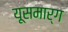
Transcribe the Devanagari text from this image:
यूसमार्ग